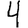
Digit: 4